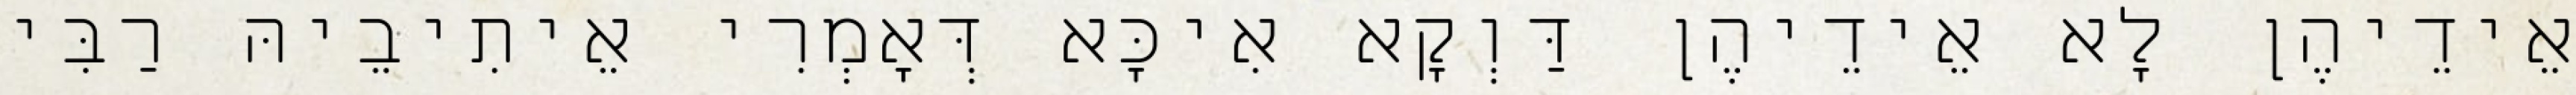
אֵידֵיהֶן לָא אֵידֵיהֶן דַּוְקָא אִיכָּא דְּאָמְרִי אֵיתִיבֵיהּ רַבִּי